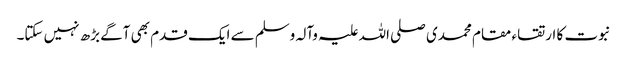
نبوت کا ارتقاء مقام محمدی صلی اللہ علیہ وآلہ وسلم سے ایک قدم بھی آگے بڑھ نہیں سکتا۔